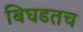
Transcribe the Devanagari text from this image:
बिघडतच